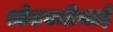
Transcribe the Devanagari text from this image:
ओढवजीभाई